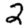
Digit: 2